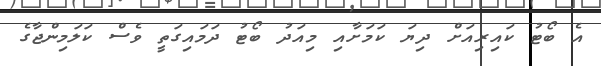
އެ ބޯޓު ކައިރިއަށް ދިޔަ ކަމަށާއި މިއަދު ބޯޓު ދަމައިގަތީ ވެސް ކަލަމިންޖާގެ